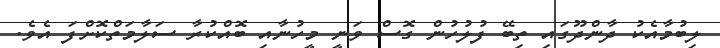
ލިބުމާއެކު ދާންދޫގައި ތިބޭ ފުލުހުން ގޮސް ވަނީ މީހުނާއި ބޮއްކުރާ ސަލާމަތްކޮށްފަ އެވެ.